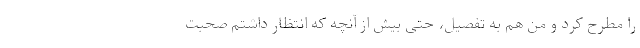
را مطرح کرد و من هم به تفصیل، حتی بیش از آنچه که انتظار داشتم صحبت